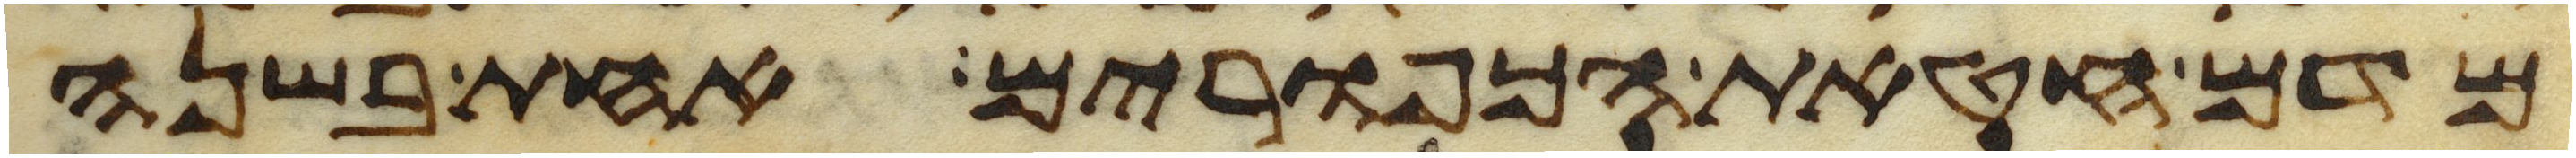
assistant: מדם חטאת הכפורים אחת בשנה